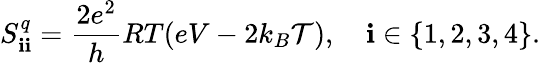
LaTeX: S_{\mathbf{i}\mathbf{i}}^{q}=\frac{{2e^{2}}}{{h}}RT(eV-2k_{B}\mathcal{{T}}),\quad\mathbf{i}\in\{ 1,2,3,4\} .